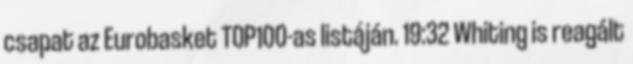
csapat az Eurobasket TOP100-as listáján. 19:32 Whiting is reagált